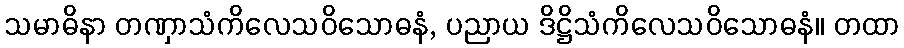
သမာဓိနာ တဏှာသံကိလေသဝိသောဓနံ, ပညာယ ဒိဋ္ဌိသံကိလေသဝိသောဓနံ။ တထာ